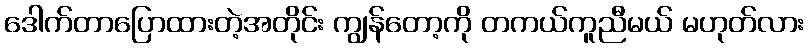
ဒေါက်တာပြောထားတဲ့အတိုင်း ကျွန်တော့ကို တကယ်ကူညီမယ် မဟုတ်လား